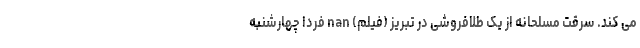
می کند. سرقت مسلحانه از یک طلافروشی در تبریز (فیلم) nan فردا چهارشنبه